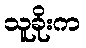
သူခိုးက